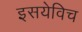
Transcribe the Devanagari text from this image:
इसयेविच